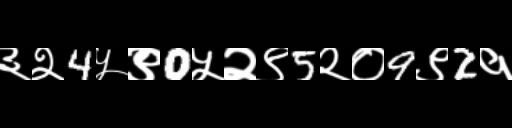
Text: ३२4५९0५२९5२०9९2१